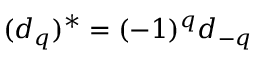
( d _ { q } ) ^ { * } = ( - 1 ) ^ { q } d _ { - q }